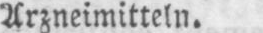
Arzneimitteln.